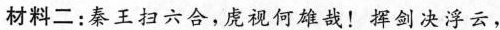
材料二：秦王扫六合，虎视何雄哉！挥剑决浮云，